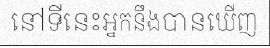
នៅទីនេះអ្នកនឹងបានឃើញ